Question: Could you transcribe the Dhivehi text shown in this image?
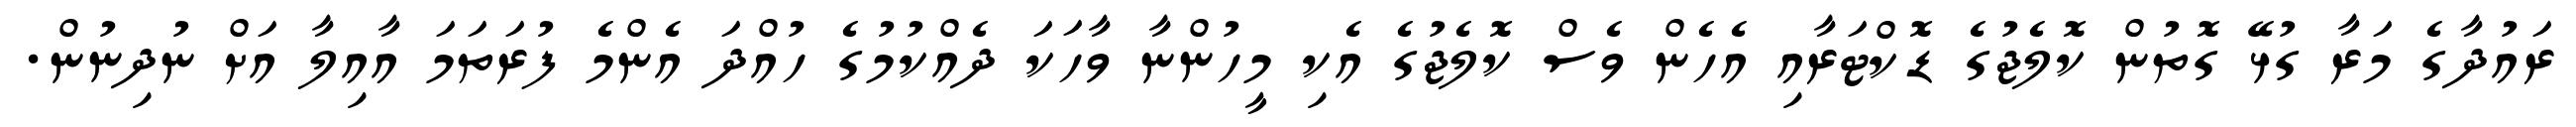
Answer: ރައުދާގެ މަރާ ގުޅޭ ގޮތުން ކޮލެޖުގެ ޑޮކްޓަރާއި އެހެން ވެސް ކޮލެޖުގެ އެކި މީހުންނާ ވާހަކަ ދެއްކުމުގެ ހުއްދަ އެންމެ ފުރަތަމަ އާއިލާ އަށް ނުދިނުން.